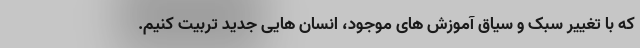
که با تغییر سبک و سیاق آموزش های موجود، انسان هایی جدید تربیت کنیم.